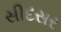
સીદસર